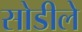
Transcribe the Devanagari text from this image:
सोडीले